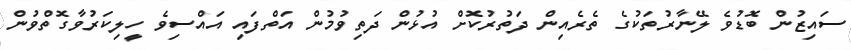
ސައިޒުން ބޮޑުވެ ލޭނާރުތަކުގެ ތެރެއިން ދަތުރުކޮށް އުޅުން ދަތިވުމުން އަތްފައި އައްސިވެ ހީލިކަރުވާގޮތްވުން